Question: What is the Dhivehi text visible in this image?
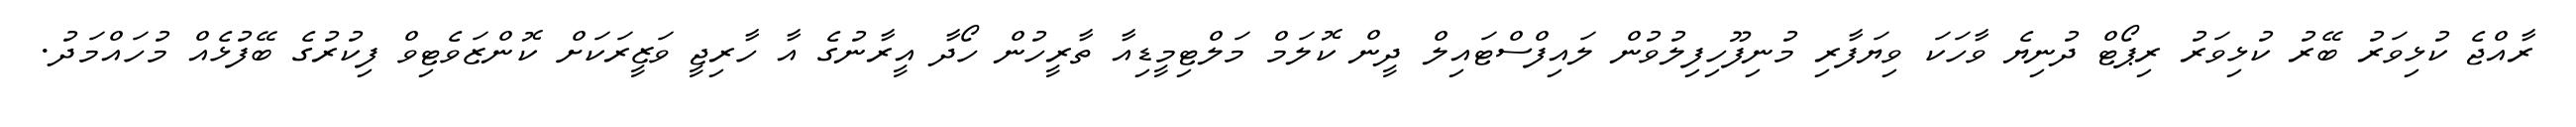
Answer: ރާއްޖެ ކުޅިވަރު ބޭރު ކުޅިވަރު ރިޕޯޓް ދުނިޔެ ވާހަކަ ވިޔަފާރި މުނިފޫހިފިލުވުން ލައިފްސްޓައިލް ދީން ކޮލަމް މަލްޓިމީޑިއާ ތާރީހުން ހޯދާ އީރާނުގެ އާ ހާރިޖީ ވަޒީރަކަށް ކޮންޒަވެޓިވް ފިކުރުގެ ބޭފުޅެއް މުހައްމަދު.